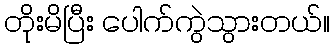
တိုးမိပြီး ပေါက်ကွဲသွားတယ်။